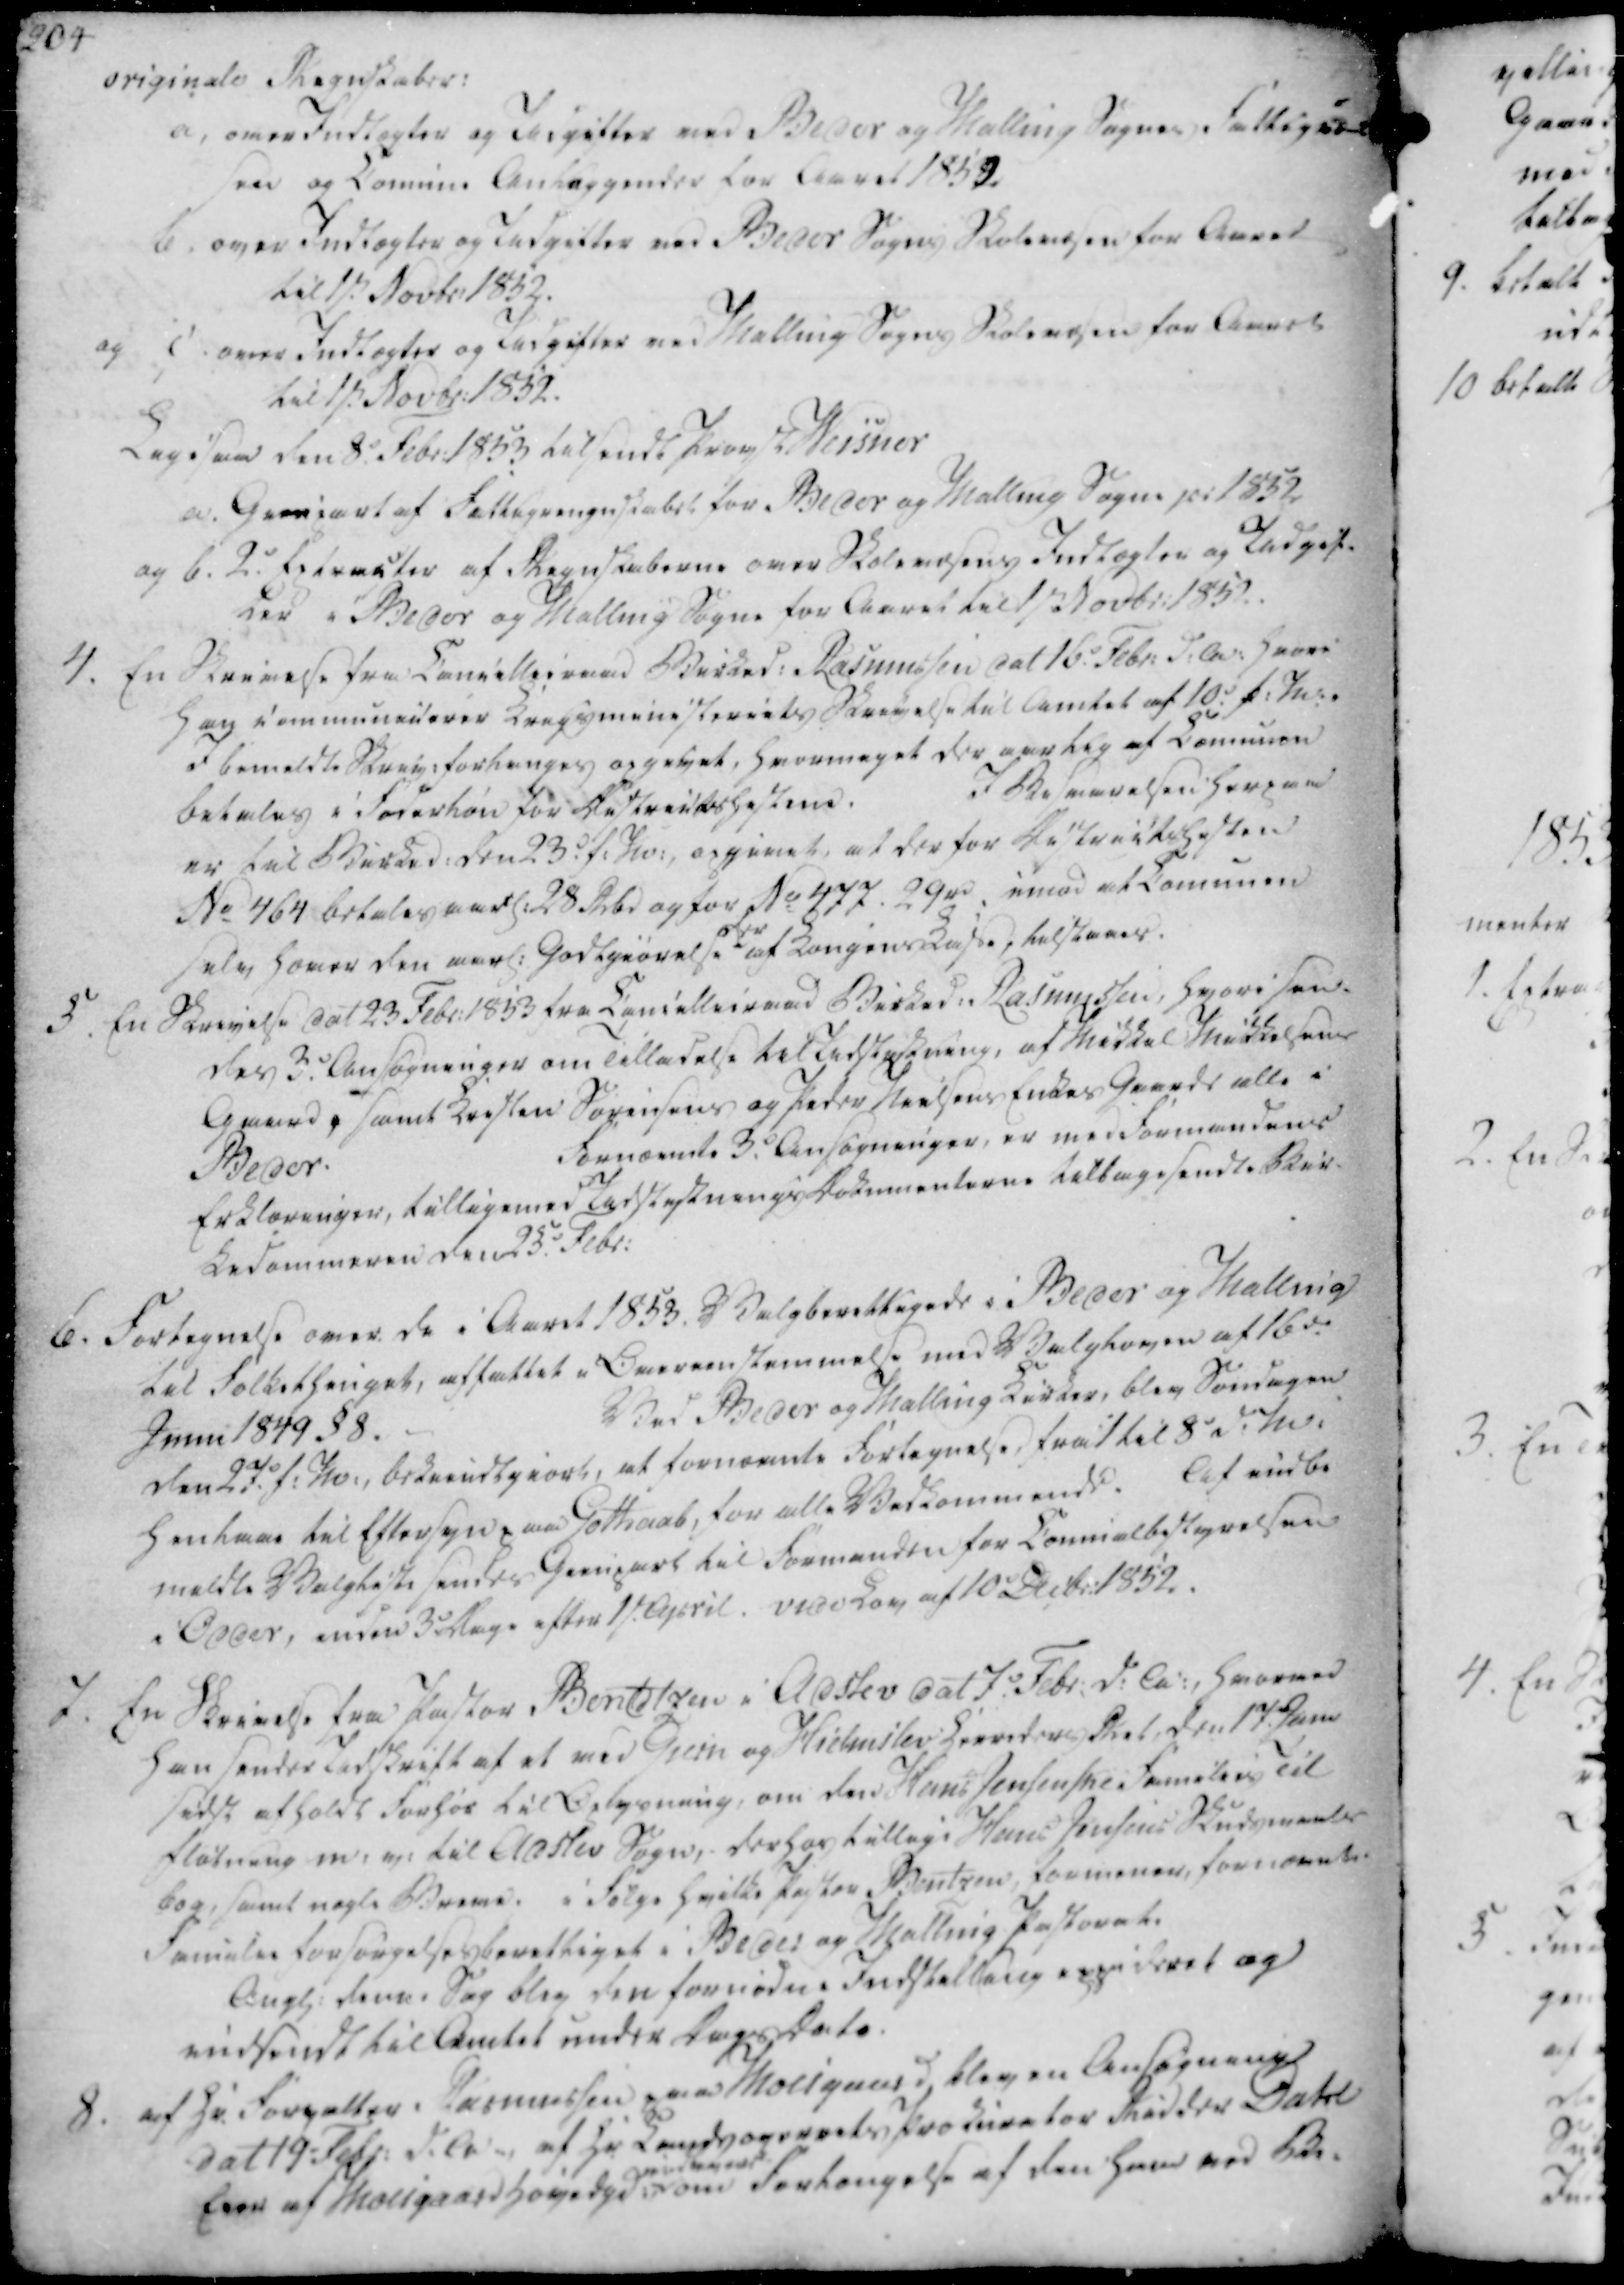
Transskription:
originale Regnskaber:

a, over Indtægter og Udgifter ved Beder og Malling Sognes Fattigvæ-

sen og Comune Anliggender for Aaret 1852

b. over Indtægter og Udgifter ved Beder Sogns Skolevæsen for Aaret

til 1st Novbr. 1852.

og c. over Indtægter og Udgifter ved Malling Sogns Skolevæsen for Aaret

til 1st Novbr. 1852.

Ligesaa den 8. Febr. 1853 tilsendt Provst Weisner

a. Grevpart af Fattigregnskabet for Beder og Malling Sogne pr 1852

og b. 2. Extracter af Regnskaberne over Skolevæsens Indtægter og Udgif-

ter i Beder og Malling Sogne for Aaret til 1st Novbr. 1852.

originale Regnskaber:
a, over Indtægter og Udgifter ved Beder og Malling Sognes Fattigvæ-
sen og Comune Anliggender for Aaret 1852
b. over Indtægter og Udgifter ved Beder Sogns Skolevæsen for Aaret
til 1st Novbr. 1852.
og c. over Indtægter og Udgifter ved Malling Sogns Skolevæsen for Aaret
til 1st Novbr. 1852.
Ligesaa den 8. Febr. 1853 tilsendt Provst Weisner
a. Grevpart af Fattigregnskabet for Beder og Malling Sogne pr 1852
og b. 2. Extracter af Regnskaberne over Skolevæsens Indtægter og Udgif-
ter i Beder og Malling Sogne for Aaret til 1st Novbr. 1852.

4. En Skrivelse fra Cancellieraad Birked. Rasmussen dat 16. Febr. d.A. hvori

han communicerer Krigsministeriets Skrivelse til Amtet af 10. f.M.

I bemeldte Skriv. forlanges opgivet, hvormeget der aarlig af Comunen

betales i Foderløn for Districtshestene.

I Besvarelsen herpaa

er til Birked. den 23. f.M., opgivet, at derfor Districtshesten

No 464 betales aarl. 28 Rbd og for No 477. 29 rd imod at Comunen

selv hæver den aarl. Godtgiørelse

der

af Kongens Kasse, tilstaaes.

5. En Skrivelse dat 23 Febr. 1853 fra Cancellieraad Birked. Rasmussen, hvori sen-

des 3. Ansøgninger om Tilladelse til Udstykning, af Mikkel Mikkelsens

Gaard, samt Kristen Sørensens og Peder Nielsens Enkes Gaarde alle i

Beder.

Fornævnte 3. Ansøgninger, er med Formandens

Erklæringer, tilligemed Udstyknings Dokumenterne tilbagesendte Bir-

kedommeren den 25. Febr.

4. En Skrivelse fra Cancellieraad Birked. Rasmussen dat 16. Febr. d.A. hvori
han communicerer Krigsministeriets Skrivelse til Amtet af 10. f.M.
I bemeldte Skriv. forlanges opgivet, hvormeget der aarlig af Comunen
betales i Foderløn for Districtshestene.
I Besvarelsen herpaa
er til Birked. den 23. f.M., opgivet, at derfor Districtshesten
No 464 betales aarl. 28 Rbd og for No 477. 29 rd imod at Comunen
selv hæver den aarl. Godtgiørelse
der
af Kongens Kasse, tilstaaes.
5. En Skrivelse dat 23 Febr. 1853 fra Cancellieraad Birked. Rasmussen, hvori sen-
des 3. Ansøgninger om Tilladelse til Udstykning, af Mikkel Mikkelsens
Gaard, samt Kristen Sørensens og Peder Nielsens Enkes Gaarde alle i
Beder.
Fornævnte 3. Ansøgninger, er med Formandens
Erklæringer, tilligemed Udstyknings Dokumenterne tilbagesendte Bir-
kedommeren den 25. Febr.

6. Fortegnelse over de i Aaret 1853. Valgberettigede i Beder og Malling

til Folkethinget, affattet i Overenstemmelse med Valgloven af 16de

Junii 1849 §8.

Ved Beder og Malling Kirker, blev Søndagen

den 27. f.M., bekiendtgiort, at fornævnte Fortegnelse, fra :/ til 8 d.M.

henlaae til Eftersyn paa Gothaab, for alle Vedkommende.

Af indbe

meldte Valgliste sendes Gienpart til Formanden for Comualbestyrelsen

i Odder, inden 3 Dage efter 1st. April. vede Lov af 10 Decbr. 1852.

7. En Skrivelse fra Pastor Bendtzen i Adslev dat 7. Febr. d.A., hvorved

han sender Udskrift af et ved Giern og Hielmslev Herreders Ret, den 17. Jan

sidsl afholdt Forhør til Oplysning, om den Hans Jensenske Families Til

fløtning m. v. til Adslev Sogn, derhos tillige Hans Jensens Skudsmaals

bog, samt nogle Breve. i Følge hvilke Pastor Bentzen, formener, fornævnte

Familie Forsørgelsesberettiget i Beder og Malling Pastorat.

Angl. denne Sag blev den fornødne Indstilling appideret og

indsendt til Amtet under Dags Dato.

6. Fortegnelse over de i Aaret 1853. Valgberettigede i Beder og Malling
til Folkethinget, affattet i Overenstemmelse med Valgloven af 16de
Junii 1849 §8.
Ved Beder og Malling Kirker, blev Søndagen
den 27. f.M., bekiendtgiort, at fornævnte Fortegnelse, fra :/ til 8 d.M.
henlaae til Eftersyn paa Gothaab, for alle Vedkommende.
Af indbe
meldte Valgliste sendes Gienpart til Formanden for Comualbestyrelsen
i Odder, inden 3 Dage efter 1st. April. vede Lov af 10 Decbr. 1852.
7. En Skrivelse fra Pastor Bendtzen i Adslev dat 7. Febr. d.A., hvorved
han sender Udskrift af et ved Giern og Hielmslev Herreders Ret, den 17. Jan
sidsl afholdt Forhør til Oplysning, om den Hans Jensenske Families Til
fløtning m. v. til Adslev Sogn, derhos tillige Hans Jensens Skudsmaals
bog, samt nogle Breve. i Følge hvilke Pastor Bentzen, formener, fornævnte
Familie Forsørgelsesberettiget i Beder og Malling Pastorat.
Angl. denne Sag blev den fornødne Indstilling appideret og
indsendt til Amtet under Dags Dato.

8. af Hr. Forvalter Rasmussen paa Moesgaard blev en Ansøgning

dat 19 Febr. d.A., af Hr. Landsogerrets Prokurator Ridder Dahl

Eier af Moesgaard Hovedgd.

qvidleveds

om Forlangelse af den ham ved Be-

8. af Hr. Forvalter Rasmussen paa Moesgaard blev en Ansøgning
dat 19 Febr. d.A., af Hr. Landsogerrets Prokurator Ridder Dahl
Eier af Moesgaard Hovedgd.
qvidleveds
om Forlangelse af den ham ved Be-